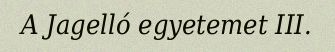
A Jagelló egyetemet III.